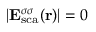
| { \bf E } _ { \mathrm { { s c a } } } ^ { \sigma \sigma } ( { \bf r } ) | = 0